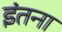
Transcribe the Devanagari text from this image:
इंतना